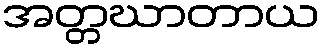
အတ္တဃာတာယ